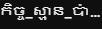
កិច្ច_ស្មាន_ប៉ា...